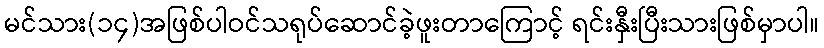
မင်သား(၁၄)အဖြစ်ပါဝင်သရုပ်ဆောင်ခဲ့ဖူးတာကြောင့် ရင်းနှီးပြီးသားဖြစ်မှာပါ။